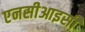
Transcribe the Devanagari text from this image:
एनसीआइसी